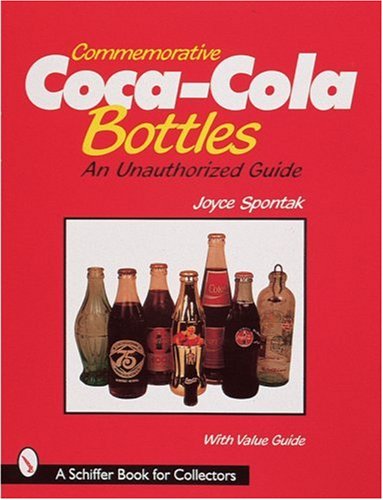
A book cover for Commemorative Coca-Cola Bottles (A Schiffer Book for Collectors); Joyce Spontak; Crafts, Hobbies & Home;